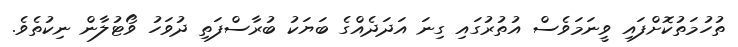
ތުހުމަތުކޮށްފައި ވީނަމަވެސް އުތުުރުގައި ގިނަ އަދަދެއްގެ ބަޔަކު ބުރާސްފަތި ދުވަހު ވޯޓުލާން ނިކުތެވެ.